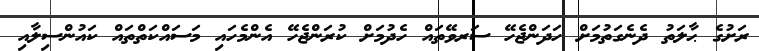
ރަށުގެ ޙާލަތު ދެނެގަތުމަށް ހަދަންޖެހޭ ސަރވޭތައް ހެދުމަށް ކުރަންޖެހޭ އެންމެހައި މަސައްކަތްތައް ކައުންސިލާއި